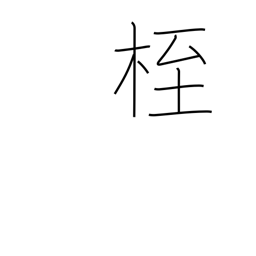
Meaning: fetters